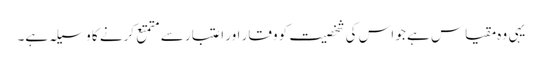
یہی وہ مقیاس ہے جو اس کی شخصیت کو وقار اور اعتبار سے متمتع کرنے کا وسیلہ ہے۔